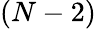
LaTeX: (N-2)